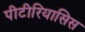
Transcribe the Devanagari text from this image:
पीटीरियासिस